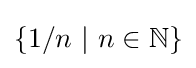
\{1/n~|~n\in \mathbb {N} \}